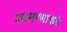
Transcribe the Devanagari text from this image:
आमण्णाकडे